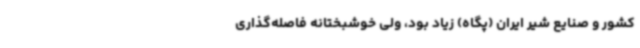
کشور و صنایع شیر ایران (پگاه) زیاد بود، ولی خوشبختانه فاصله‌گذاری